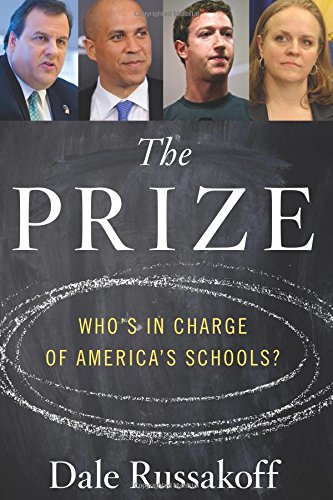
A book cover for The Prize: Who's in Charge of America's Schools?; Dale Russakoff; Education & Teaching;